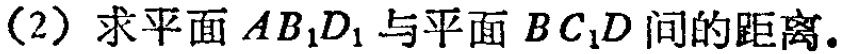
(2) 求平面 \(AB_{1}D_{1}\) 与平面 \(BC_{1}D\) 间的距离.